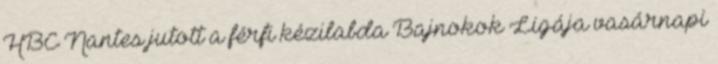
HBC Nantes jutott a férfi kézilabda Bajnokok Ligája vasárnapi